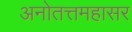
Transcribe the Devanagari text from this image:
अनोतत्तमहासर